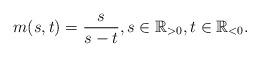
LaTeX: \begin{align*} m(s,t) = \frac{s}{s-t}, s \in \mathbb{R}_{>0}, t \in \mathbb{R}_{<0}.\end{align*}